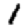
Digit: 1